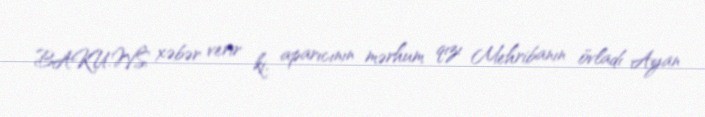
BAKU.WS xəbər verir ki, aparıcının mərhum qızı Mehribanın övladı Ayan